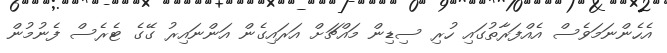
އެހެންނަމަވެސް އެއްފަރާތުގައި ހުރި ސިޑިން މައްޗަށް އަރައިގެން އަންނައިރު ގޭގެ ޓެރެސް ފެނުމުން